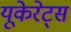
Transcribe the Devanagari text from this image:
यूकेरेट्स